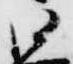
御